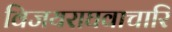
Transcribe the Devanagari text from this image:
विजयराघवाचारि